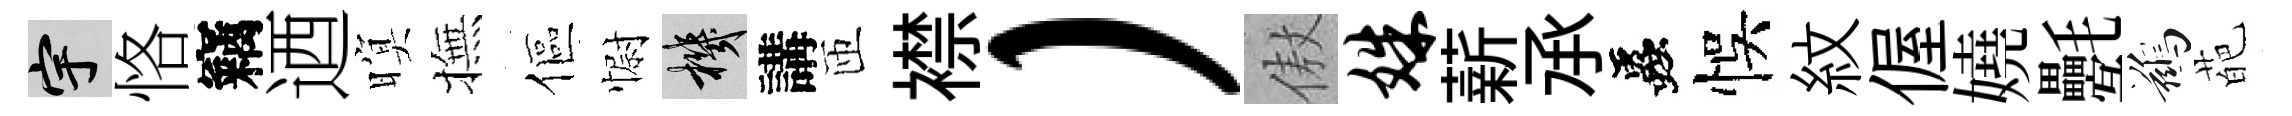
宇恪竊迺暝撫傴𢠢機講匝襟）傲姝薪𠄘蟲悞紋偓嬈氎鷀葩